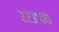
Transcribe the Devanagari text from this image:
२२३१००